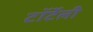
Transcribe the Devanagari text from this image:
टॉर्टेली